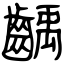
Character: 齲